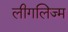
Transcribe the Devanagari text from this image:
लीगलिज्म